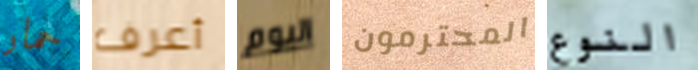
حمار أعرف اليوم المحترمون النوع